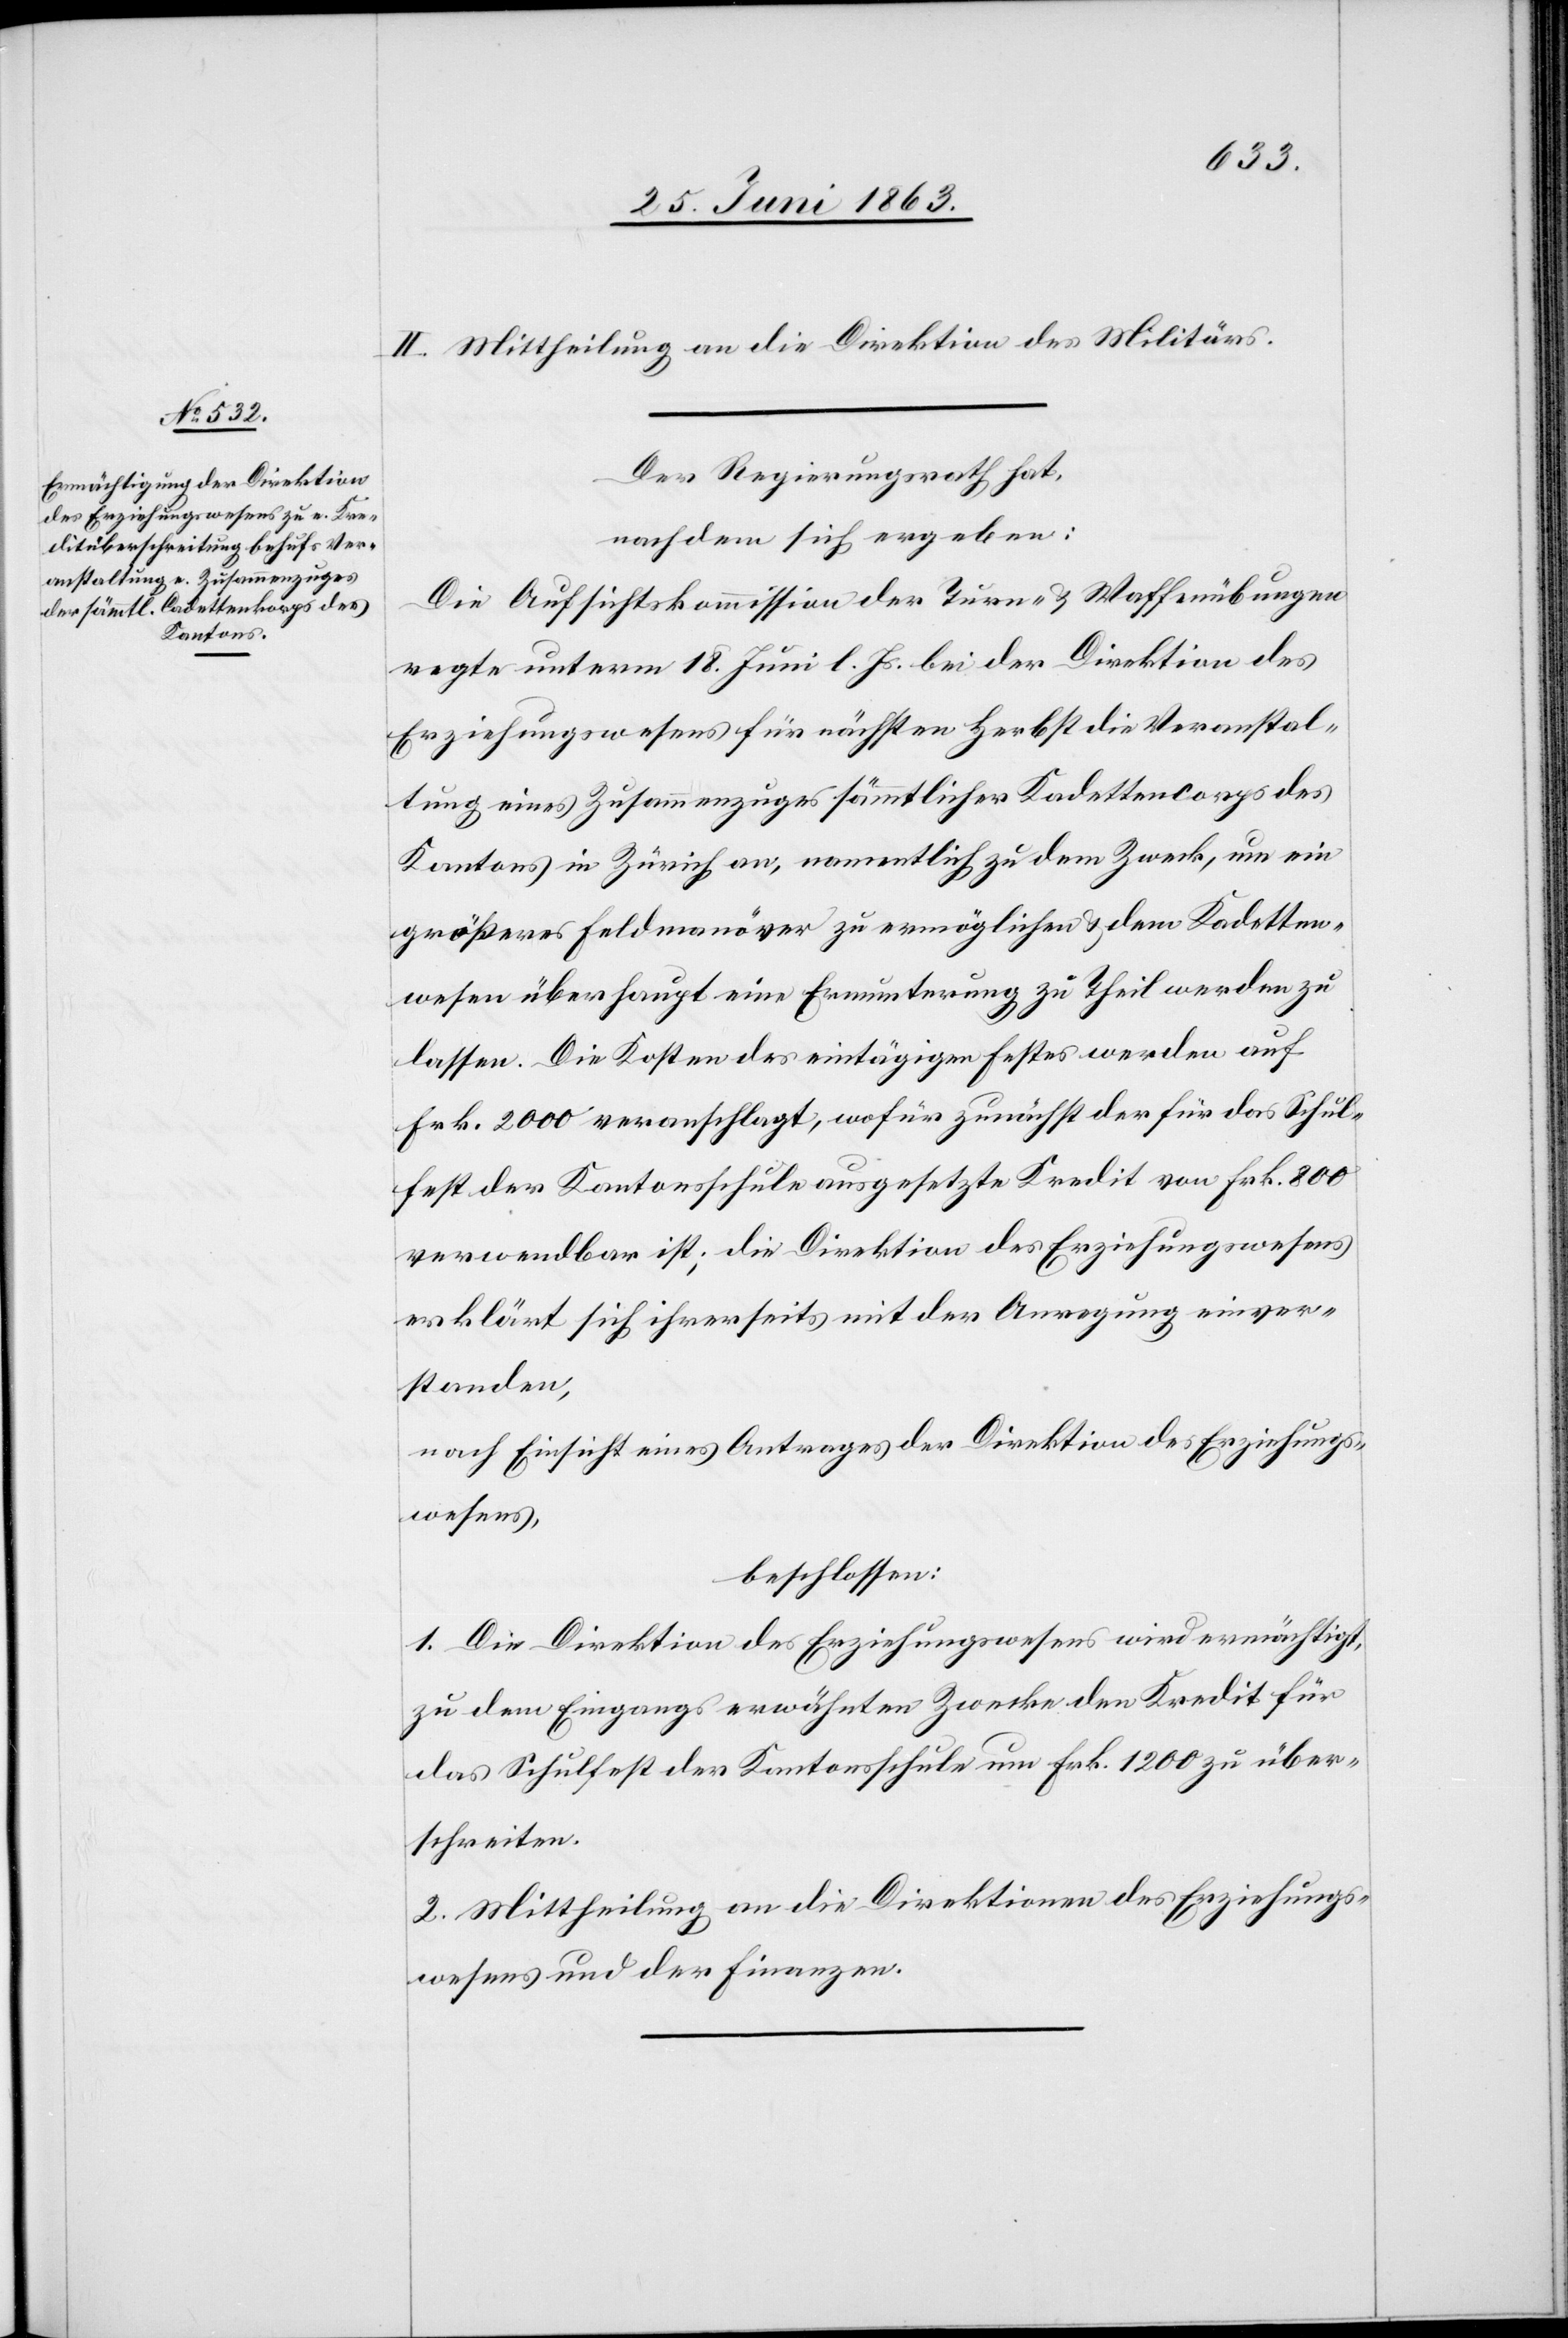
II. Mittheilung an die Direktion des Militärs.
Der Regierungsrath hat,
nach dem sich ergeben:
Die Aufsichtskommission der Turn- & Waffenübungen
regte unterm 18. Juni l. Js. bei der Direktion des
Erziehungswesens für nächsten Herbst die Veranstal¬
tung eines Zusammenzuges sämmtlicher Kadettencorps des
Kantons in Zürich an, namentlich zu dem Zweck, um ein
größeres Feldmanöver zu ermöglichen & dem Kadetten¬
wesen überhaupt eine Ermunterung zu Theil werden zu
lassen. Die Kosten des eintägigen Festes werden auf
Frk. 2000 veranschlagt, wofür zunächst der für das Schul¬
fest der Kantonsschule ausgesetzte Kredit von Frk. 800
verwendbar ist; die Direktion des Erziehungswesens
erklärt sich ihrerseits mit der Anregung einver¬
standen,
nach Einsicht eines Antrages der Direktion des Erziehungs¬
wesens,
beschlossen:
1. Die Direktion des Erziehungswesens wird ermächtigt,
zu dem Eingangs erwähnten Zwecke den Kredit für
das Schulfest der Kantonsschule um Frk. 1200 zu über¬
schreiten.
2. Mittheilung an die Direktionen des Erziehungs¬
wesens und der Finanzen.